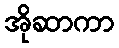
အိုဆာကာ